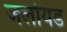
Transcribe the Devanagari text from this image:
जलोयड